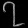
Digit: ၇